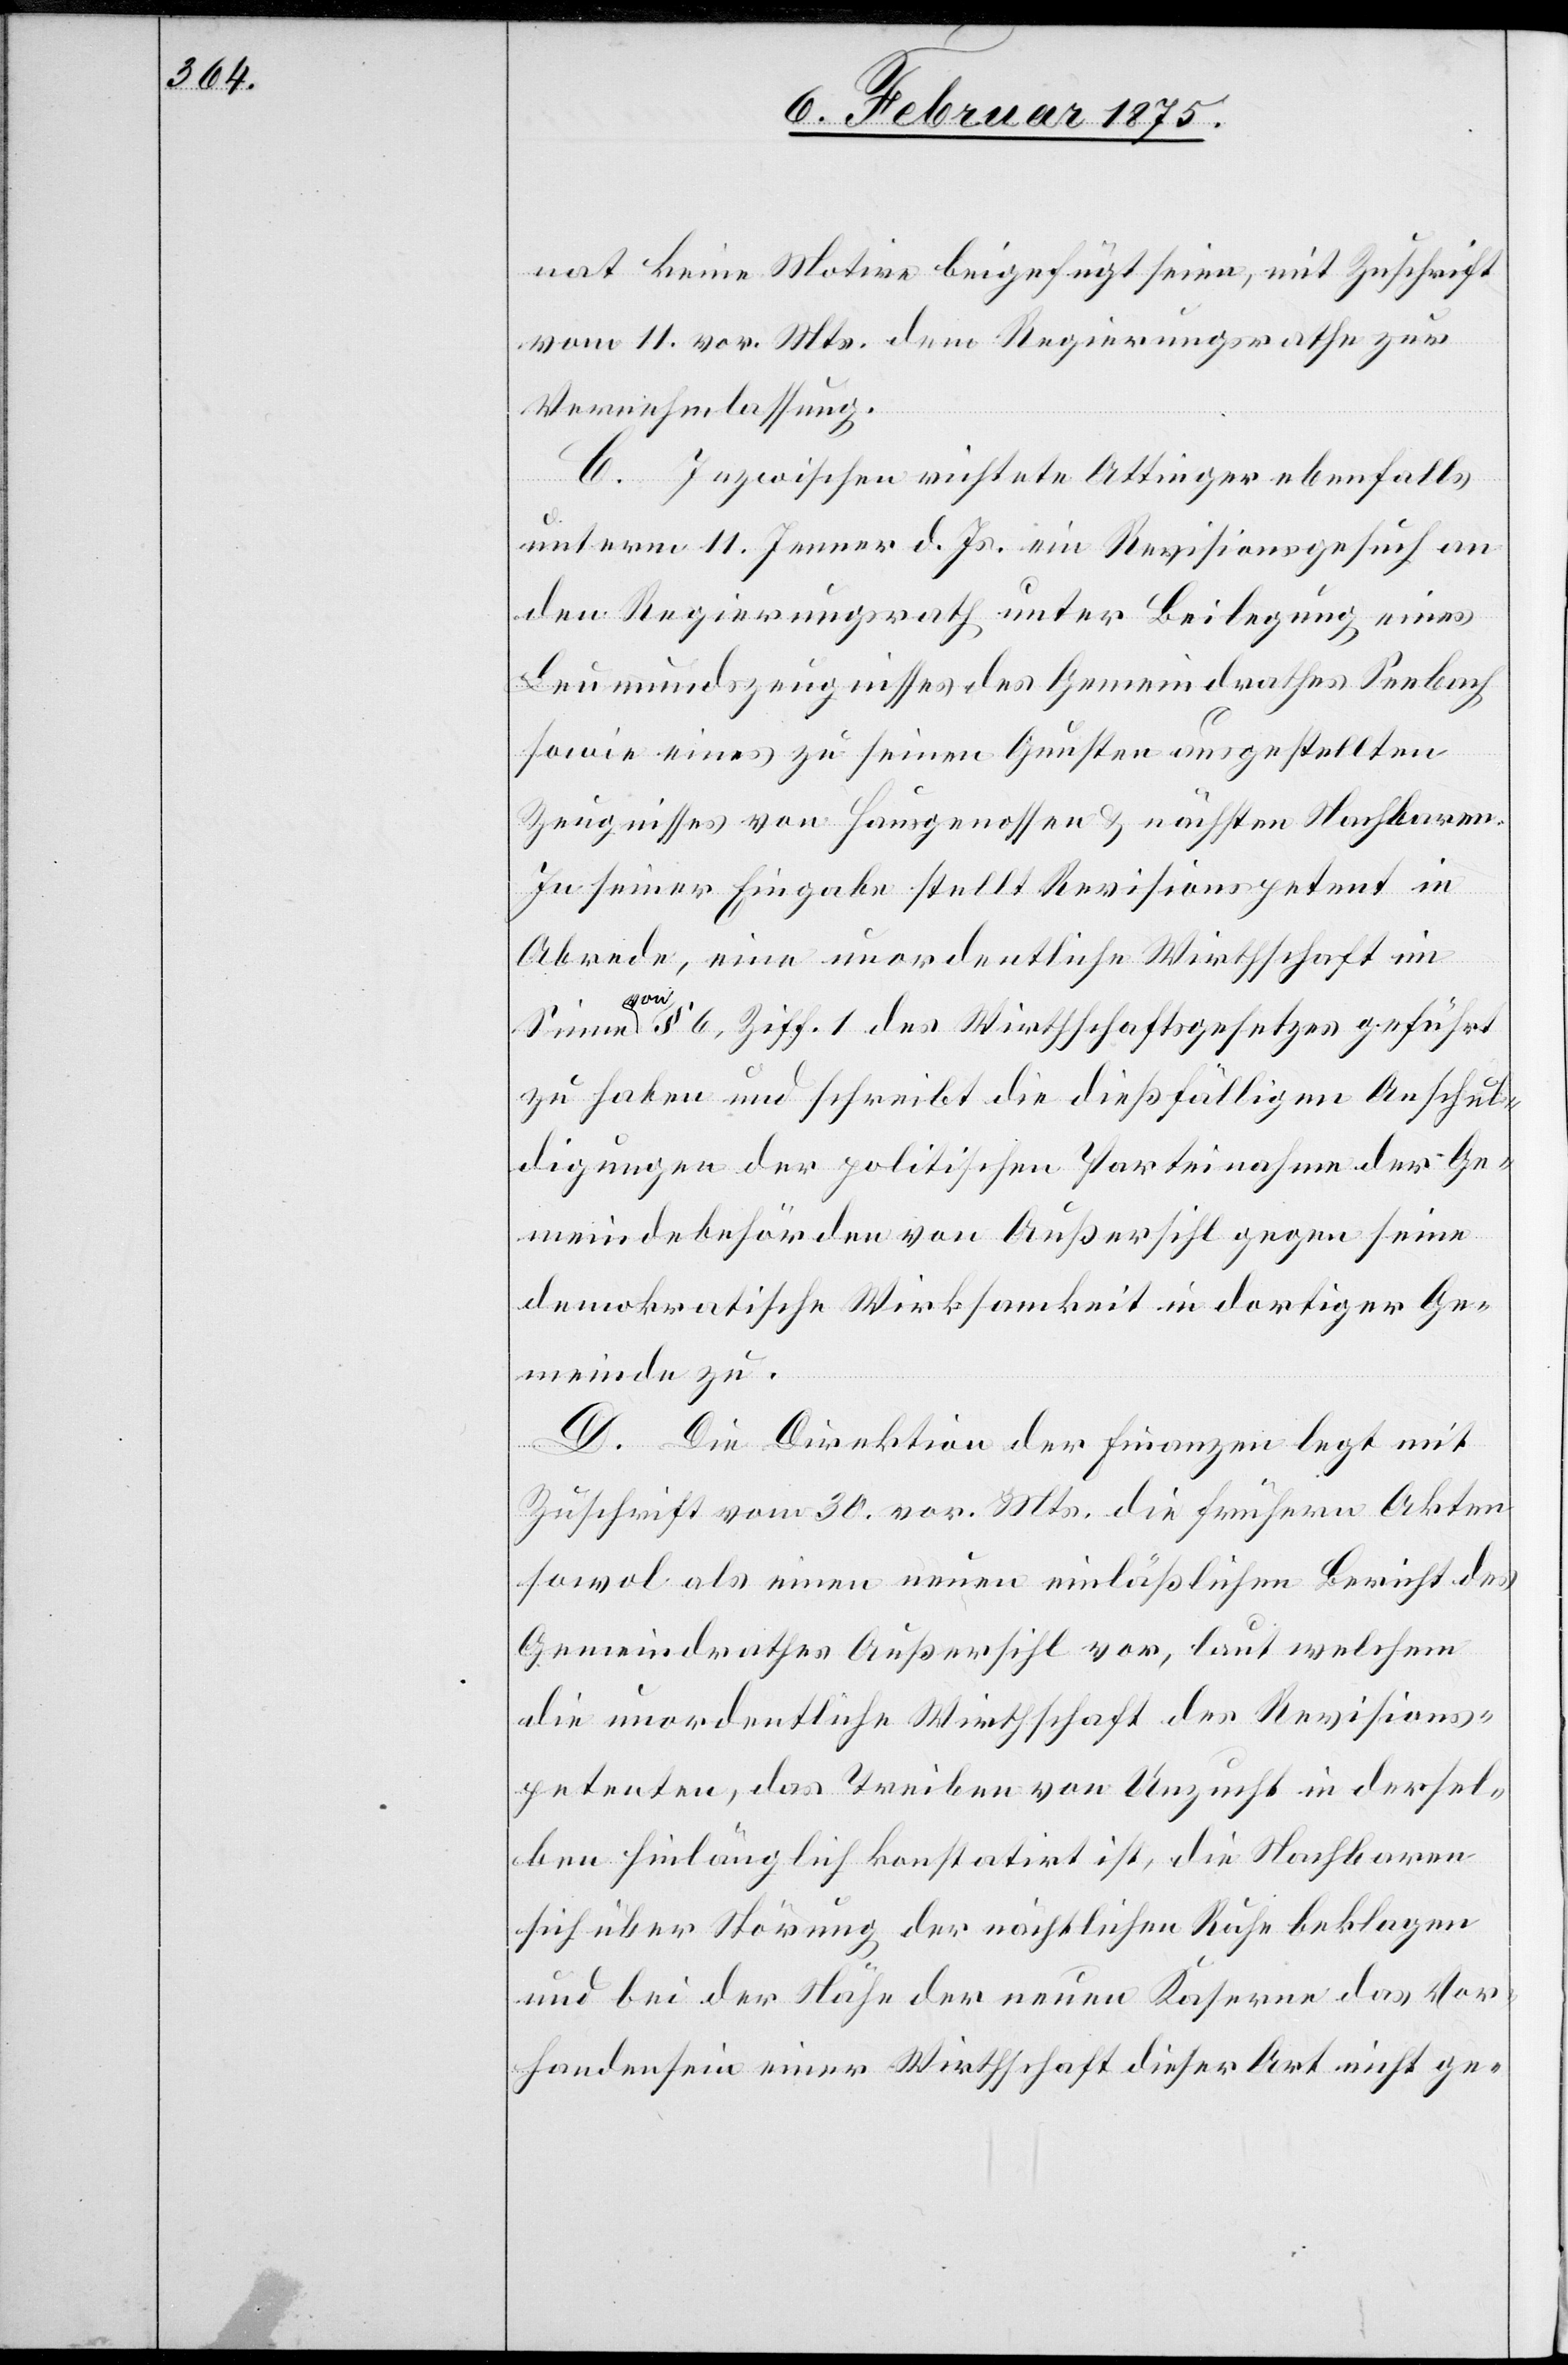
nat keine Motive beigefügt seien, mit Zuschrift
vom 11. vor. Mts. dem Regierungsrathe zu
Vernehmlassung.
C. Inzwischen richtete Attinger ebenfalls
unterm 11. Jenner d. Js. ein Revisionsgesuch an
den Regierungsrath unter Beilegung eines
Leumundszeugnisses des Gemeindrathes Seebach
sowie eines zu seinen Gunsten ausgestellten
Zeugnisses von Hausgenossen & nächsten Nachbaren.
In seiner Eingabe stellt Revisionspetent in
Abrede, eine unordentliche Wirthschaft im
von § 6, Ziff. 1 des Wirtschaftsgesetzes geführt
zu haben und schreibt die dießfälligen Anschul¬
digungen der politischen Parteinahme der Ge¬
meindebehörden von Außersihl gegen seine
demokratische Wirksamkeit in dortiger Ge¬
meinde zu.
D. Die Direktion der Finanzen legt mit
Zuschrift vom 30. vor. Mts. die frühern Akten
sowol als einen neuen einläßlichen Bericht des
Gemeindrathes Außersihl vor, laut welchem
die unordentliche Wirthschaft des Revisions¬
petenten, das Treiben von Unzucht in dersel¬
ben hinlänglich konstatirt ist, die Nachbaren
sich über Störung der nächtlichen Ruhe beklagen
und bei der Nähe der neuen Kaserne das Vor¬
handenseiner einer Wirthschaft dieser Art nicht ge-